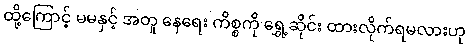
ထို့ကြောင့် မမနှင့် အတူ နေရေး ကိစ္စကို ရွှေ့ဆိုင်း ထားလိုက်ရမလားဟု